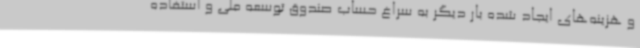
و هزینه‌های ایجاد شده بار دیگر به سراغ حساب صندوق توسعه ملی و استفاده